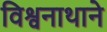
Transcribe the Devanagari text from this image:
विश्वनाथाने